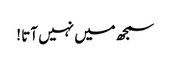
سمجھ میں نہیں آتا !